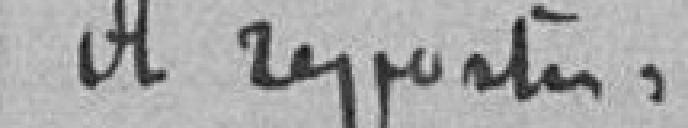
A reporter